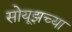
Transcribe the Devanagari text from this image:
सोयूझच्या